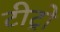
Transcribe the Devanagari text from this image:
टीट्रो